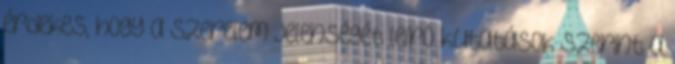
érdekes, hogy a szerelem jelenségét leíró kutatások szerint a